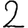
Digit: 2